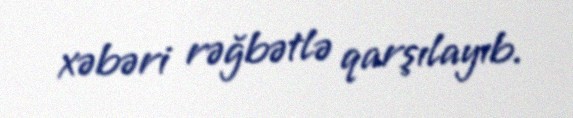
xəbəri rəğbətlə qarşılayıb.